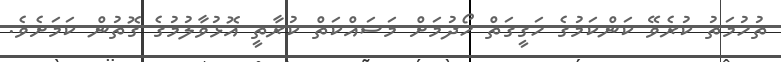
ތުހުމަތު ކުރެވޭ ކަންކަމުގެ ހަގީގަތް ހޯދުމަށް މަސައްކަތް ކުރާތީ އޮޅުވާލުމުގެ ގޮތުން ކަމަށެވެ.